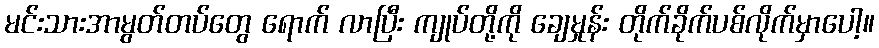
မင်းသားအာမွတ်တပ်တွေ ရောက် လာပြီး ကျုပ်တို့ကို ချေမှုန်း တိုက်ခိုက်ပစ်လိုက်မှာပေါ့။